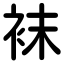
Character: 袜